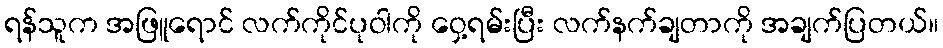
ရန်သူက အဖြူရောင် လက်ကိုင်ပုဝါကို ဝှေ့ရမ်းပြီး လက်နက်ချတာကို အချက်ပြတယ်။